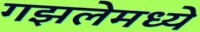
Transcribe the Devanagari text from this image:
गझलेमध्ये